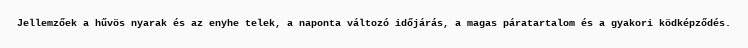
Jellemzőek a hűvös nyarak és az enyhe telek, a naponta változó időjárás, a magas páratartalom és a gyakori ködképződés.